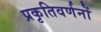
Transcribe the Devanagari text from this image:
प्रकृतिवर्णनों